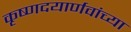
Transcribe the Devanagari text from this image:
कृष्णदयार्णवांच्या